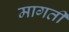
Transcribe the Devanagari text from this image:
मागती